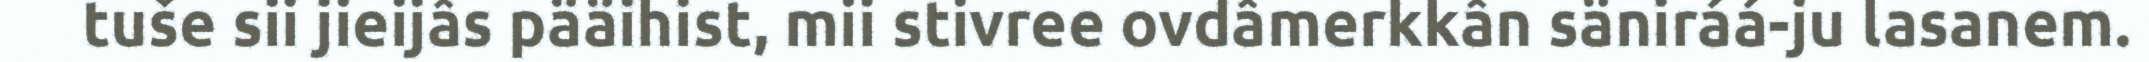
tuše sii jieijâs pääihist, mii stivree ovdâmerkkân säniráá-ju lasanem.